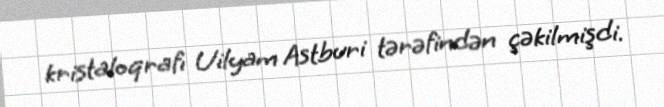
kristaloqrafı Uilyam Astburi tərəfindən çəkilmişdi.